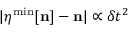
\vert { \boldsymbol \eta } ^ { \mathrm { m i n } } [ { \bf n } ] - { \bf n } \vert \propto \delta t ^ { 2 }